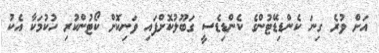
އަށް ވުރެ ގިނަ ކެންޑިޑޭޓުންގެ ކެންޑިޑެސީ ގަބޫލުކޮށްފައި ވަނިކޮށް ކޯޓުންކުރި ހުކުމަކާ އެކު